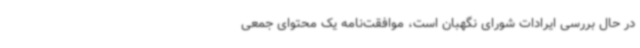
در حال بررسی ایرادات شورای نگهبان است، موافقت‌نامه یک محتوای جمعی